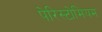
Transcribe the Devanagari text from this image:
पेरिस्टोमियम